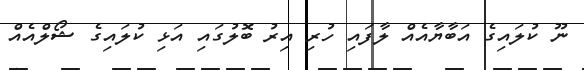
ނޫ ކުލައިގެ އަބާޔާއެއް ލާފައި ހުރި އިރު ބޮލުގައި އަޅި ކުލައިގެ ޝޯލްއެއް